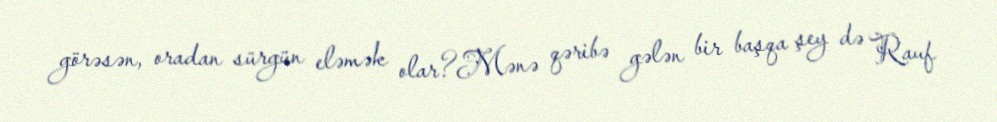
görəsən, oradan sürgün eləmək olar?Mənə qəribə gələn bir başqa şey də Rauf